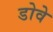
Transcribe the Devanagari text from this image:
डोवे